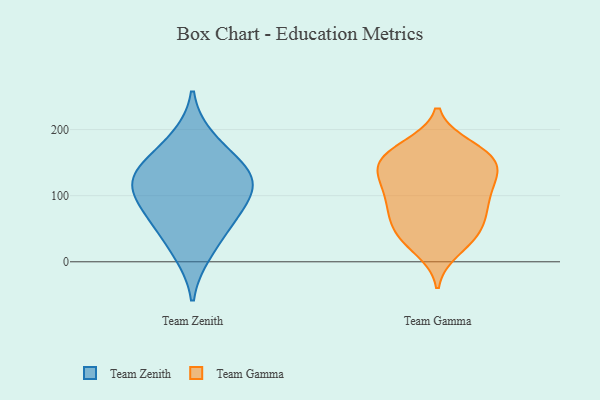
{"axis": {"x": "Backlog", "y": "Value"}, "legend": ["Team Gamma", "Team Zenith"], "data": [{"x": "", "y": 102, "type": "Team Zenith"}, {"x": "", "y": 94, "type": "Team Zenith"}, {"x": "", "y": 58, "type": "Team Zenith"}, {"x": "", "y": 11, "type": "Team Zenith"}, {"x": "", "y": 130, "type": "Team Zenith"}, {"x": "", "y": 150, "type": "Team Zenith"}, {"x": "", "y": 116, "type": "Team Zenith"}, {"x": "", "y": 140, "type": "Team Zenith"}, {"x": "", "y": 58, "type": "Team Zenith"}, {"x": "", "y": 188, "type": "Team Zenith"}, {"x": "", "y": 18, "type": "Team Gamma"}, {"x": "", "y": 93, "type": "Team Gamma"}, {"x": "", "y": 174, "type": "Team Gamma"}, {"x": "", "y": 169, "type": "Team Gamma"}, {"x": "", "y": 147, "type": "Team Gamma"}, {"x": "", "y": 107, "type": "Team Gamma"}, {"x": "", "y": 137, "type": "Team Gamma"}, {"x": "", "y": 161, "type": "Team Gamma"}, {"x": "", "y": 47, "type": "Team Gamma"}, {"x": "", "y": 159, "type": "Team Gamma"}, {"x": "", "y": 78, "type": "Team Gamma"}, {"x": "", "y": 40, "type": "Team Gamma"}, {"x": "", "y": 133, "type": "Team Gamma"}, {"x": "", "y": 80, "type": "Team Gamma"}, {"x": "", "y": 52, "type": "Team Gamma"}, {"x": "", "y": 119, "type": "Team Gamma"}, {"x": "", "y": 33, "type": "Team Gamma"}, {"x": "", "y": 122, "type": "Team Gamma"}, {"x": "", "y": 156, "type": "Team Gamma"}, {"x": "", "y": 79, "type": "Team Gamma"}]}